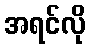
အရင်လို